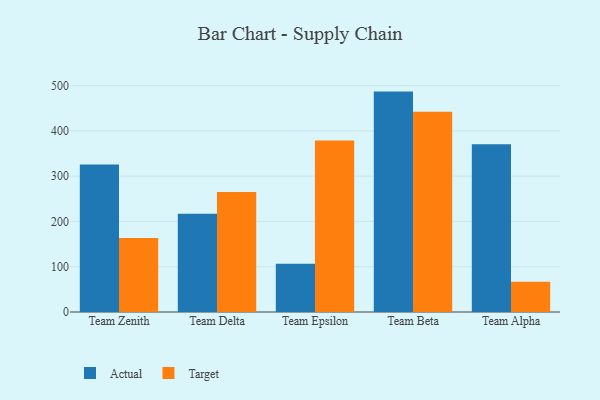
{"axis": {"x": "Team", "y": "Headcount"}, "legend": ["Actual", "Target"], "data": [{"x": "Team Zenith", "y": 325.5, "type": "Actual"}, {"x": "Team Zenith", "y": 163.6, "type": "Target"}, {"x": "Team Delta", "y": 217.1, "type": "Actual"}, {"x": "Team Delta", "y": 265.2, "type": "Target"}, {"x": "Team Epsilon", "y": 106.7, "type": "Actual"}, {"x": "Team Epsilon", "y": 378.8, "type": "Target"}, {"x": "Team Beta", "y": 486.7, "type": "Actual"}, {"x": "Team Beta", "y": 442.0, "type": "Target"}, {"x": "Team Alpha", "y": 370.2, "type": "Actual"}, {"x": "Team Alpha", "y": 67.0, "type": "Target"}]}